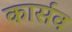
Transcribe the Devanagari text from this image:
कार्सव